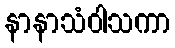
နာနာသံဝါသကာ